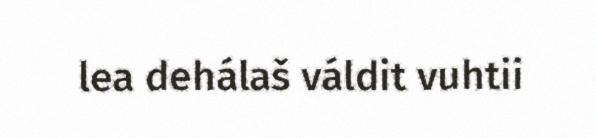
lea dehálaš váldit vuhtii